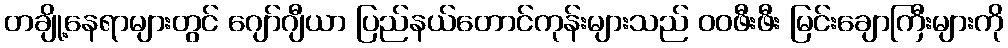
တချို့နေရာများတွင် ဂျော်ဂျီယာ ပြည်နယ်တောင်ကုန်းများသည် ဝဝဖီးဖီး မြင်းချောကြီးများကို